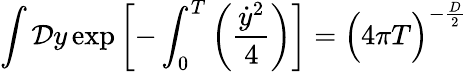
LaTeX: \int{\cal D}y\, \mathrm{exp}\left[-\int_{0}^{T}\left({\frac{{\dot{y}}^{2}}{4}}\right)\right]={\Bigl(4\pi T\Bigr)}^{-{\frac{D}{2}}}